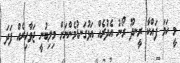
މީ ހަމަ ފައްކާ ރީނދޫ ރޯނު އެދުރެއް ޢަޅުގަނޑުމެންނަށް މިލިބުނީ ޖަވާހިރެއް ފަދަ